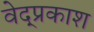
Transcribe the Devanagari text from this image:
वेद्प्रकाश